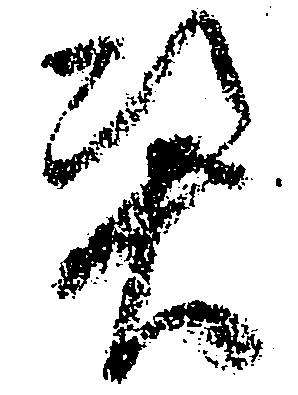
憑